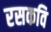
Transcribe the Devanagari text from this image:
रसकवि